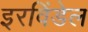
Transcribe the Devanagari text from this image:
इरविंडेल